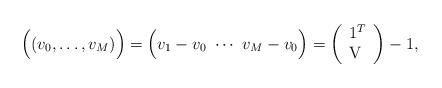
LaTeX: \begin{align*}\Bigl((v_0,\dots,v_M)\Bigr) = \Bigl(v_1-v_0\ \cdots\ v_M-v_0\Bigr) = \begin{pmatrix}\begin{array}{l}1^T\\\mathrm{V}\end{array}\end{pmatrix} -1,\end{align*}